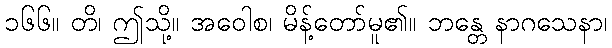
၁၆၆။ တိ၊ ဤသို့။ အဝေါစ၊ မိန့်တော်မူ၏။ ဘန္တေ နာဂသေနာ၊